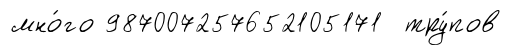
мно́го 987007257652105171 тру́пов